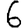
Digit: 6